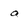
Character: a